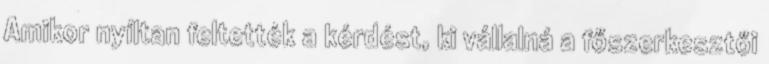
Amikor nyíltan feltették a kérdést, ki vállalná a főszerkesztői